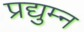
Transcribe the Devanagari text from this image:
प्रद्युम्‍न